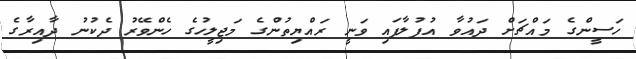
ހަސީންގެ މައްޗަށް ދައުވާ އުފުލާފައި ވަނީ ރައްޔިތުންގެ މަޖިލީހުގެ ހެންވޭރު ދެކުނު ދާއިރާގެ